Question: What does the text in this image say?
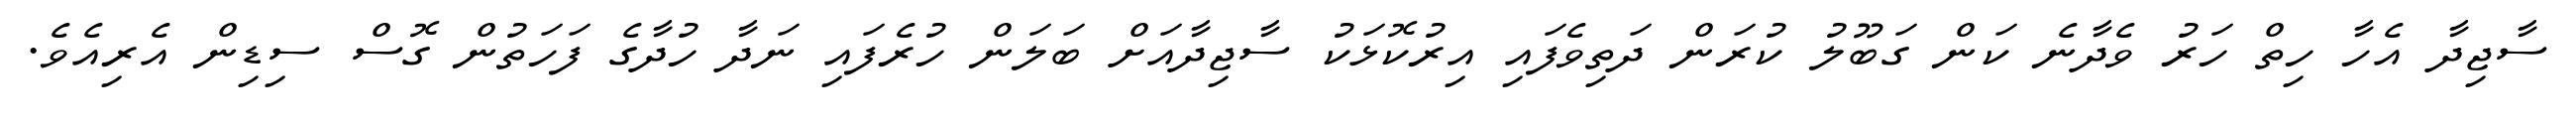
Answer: ސާޖިދާ އެހާ ހިތް ހަރު ވެދާނެ ކަން ގަބޫލު ކުރަން ދަތިވެފައި އިރުކޮޅަކު ސާޖިދާއަށް ބަލަން ހުރެފައި ނަދާ ހުދާގެ ފަހަތުން ގޮސް ސިޑިން އެރިއެވެ.